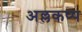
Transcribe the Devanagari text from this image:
अल्लकप्प